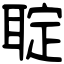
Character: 聢